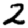
Digit: 2